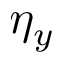
\eta _ { y }